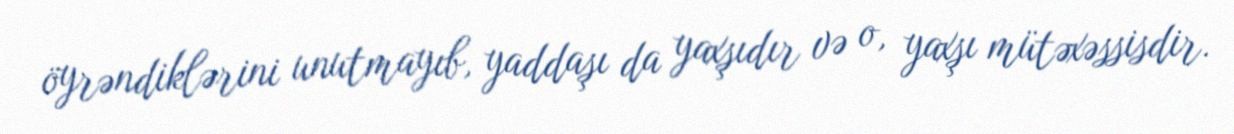
öyrəndiklərini unutmayıb, yaddaşı da yaxşıdır və o, yaxşı mütəxəssisdir.